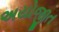
અયોજીત